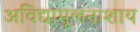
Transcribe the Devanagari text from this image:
अविद्यामूलनाशाय